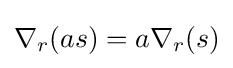
\nabla _{r}(as)=a\nabla _{r}(s)